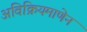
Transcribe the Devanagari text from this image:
अविक्रियमाणेन